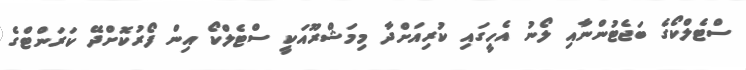
ސްޓެލްކޯގެ ބަޖެޓުންނާއި ލޯނު އެހީގައި ކުރިއަށްދާ މިމަޝްރޫއަކީ ސްޓެލްކޯ އިން ފޯރުކޮށްދޭ ކަރަންޓްގެ